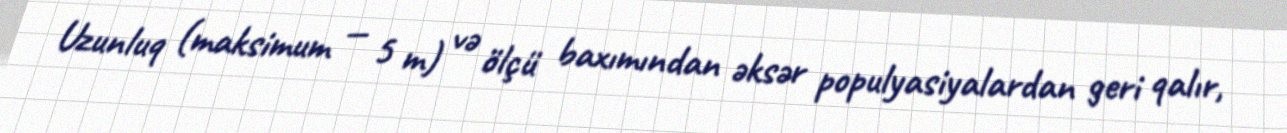
Uzunluq (maksimum — 5 m) və ölçü baxımından əksər populyasiyalardan geri qalır,